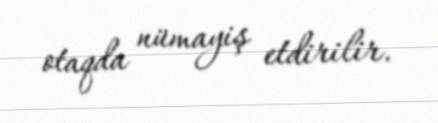
otaqda nümayiş etdirilir.